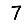
Digit: 7